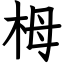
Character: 栂